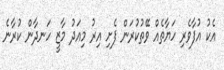
އެކު އުފާވެރި ހަަޔާތެއް ވޭތުކުރަން ފެށި އިރު މިއަދު މާޒީ ހަނދާން ކުރާނެ